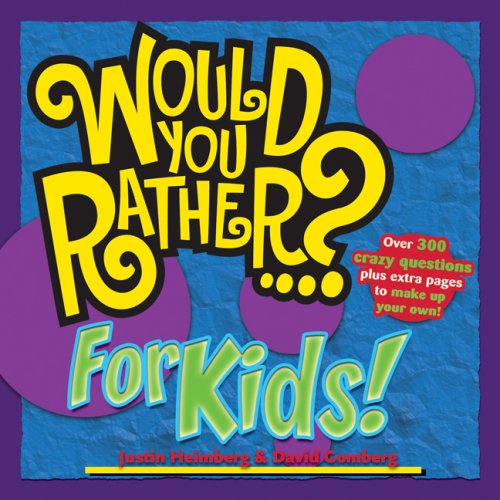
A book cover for Would You Rather...? for Kids!; Justin Heimberg; Humor & Entertainment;